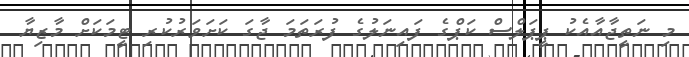
މި ނަތީޖާއާއެކު ޕީޕަލްސް ކަޕްގެ ފައިނަލުގެ ފުރަތަމަ ޖާގަ ކަށަވަރުކުރި ޓީމަކަށް މާޒިޔާ